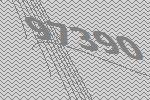
97390